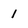
Character: 1